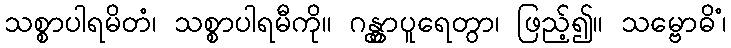
သစ္စာပါရမိတံ၊ သစ္စာပါရမီကို။ ဂန္တွာပူရေတွာ၊ ဖြည့်၍။ သမ္ဗောဓိံ၊